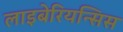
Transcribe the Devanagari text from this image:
लाइबेरियन्सिस